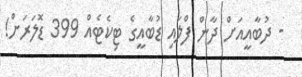
- ދުބާއީއަށް ދާން ފްލައި ޑުބާއީގެ ޓިކެޓެއް 399 ޑޮލަރަށް!